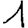
Digit: 1